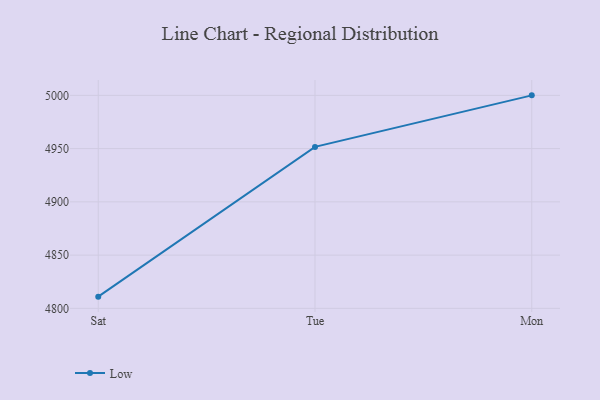
{"axis": {"x": "Day", "y": "Temperature (°C)"}, "legend": ["Low"], "data": [{"x": "Sat", "y": 4811.0, "type": "Low"}, {"x": "Tue", "y": 4951.6, "type": "Low"}, {"x": "Mon", "y": 5000, "type": "Low"}]}